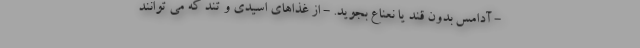
- آدامس بدون قند یا نعناع بجوید. - از غذاهای اسیدی و تند که می توانند